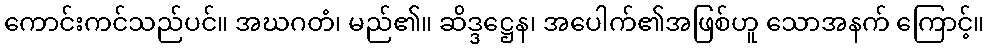
ကောင်းကင်သည်ပင်။ အဃဂတံ၊ မည်၏။ ဆိဒ္ဒဋ္ဌေန၊ အပေါက်၏အဖြစ်ဟူ သောအနက် ကြောင့်။